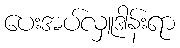
ပေးအပ်လှူဒါန်းရာ